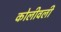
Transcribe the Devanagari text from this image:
कोलीवली